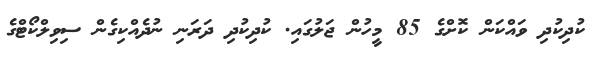
ކުދިކުދި ވައްކަން ކޮށްގެ 85 މީހުން ޖަލުގައި. ކުދިކުދި ދަރަނި ނުދެއްކިގެން ސިވިލްކޯޓްގެ